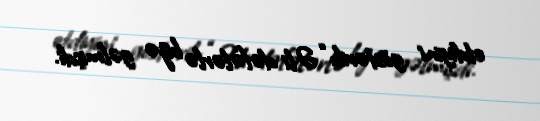
etdiyini göstərib: “Əli dəfələrlə bizə gəlmişdi.